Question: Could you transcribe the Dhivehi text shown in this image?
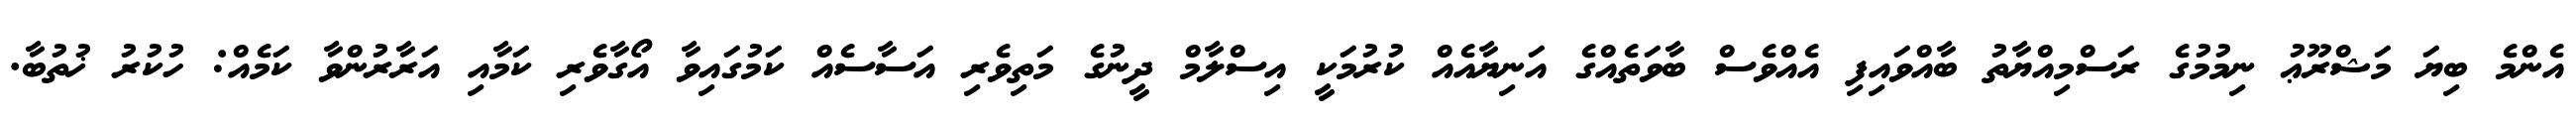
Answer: އެންމެ ބިޔަ މަޝްރޫޢު ނިމުމުގެ ރަސްމިއްޔާތު ބާއްވައިފި އެއްވެސް ބާވަތެއްގެ އަނިޔާއެއް ކުރުމަކީ އިސްލާމް ދީނުގެ މަތިވެރި އަސާސެއް ކަމުގައިވާ އޯގާވެރި ކަމާއި އަރާރުންވާ ކަމެއް: ހުކުރު ޚުތުބާ.